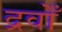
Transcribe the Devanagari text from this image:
द्रवोँ